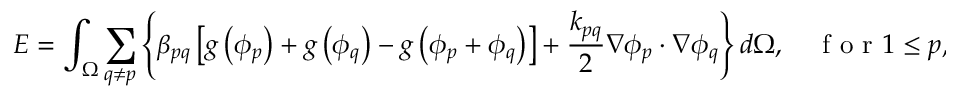
E = \int _ { \Omega } \sum _ { q \neq p } \left\{ \beta _ { p q } \left[ g \left( \phi _ { p } \right) + g \left( \phi _ { q } \right) - g \left( \phi _ { p } + \phi _ { q } \right) \right] + \frac { k _ { p q } } { 2 } \nabla \phi _ { p } \cdot \nabla \phi _ { q } \right\} d \Omega , \quad \mathrm { ~ f ~ o ~ r ~ } 1 \leq p , q \leq N .